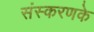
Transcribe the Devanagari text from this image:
संस्‍करणके